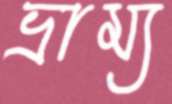
ভ্রাম্য